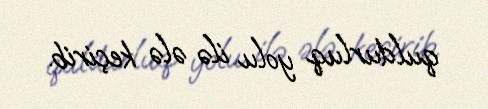
quldurluq yolu ilə ələ keçirib.